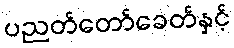
ပညတ်တော်ခေတ်နှင့်